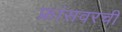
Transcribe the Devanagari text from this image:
फ्रांसवरची